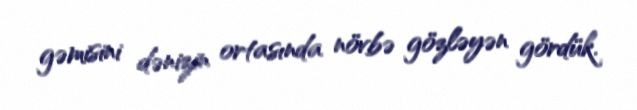
gəmisini dənizin ortasında növbə gözləyən gördük.